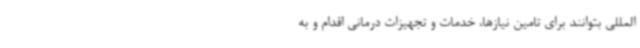
المللی بتوانند برای تامین نیازها، خدمات و تجهیزات درمانی اقدام و به